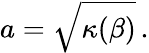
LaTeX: a=\sqrt{\kappa(\beta)}\, .